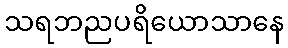
သရဘညပရိယောသာနေ